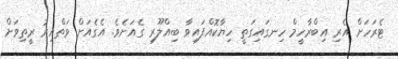
ޓެރަހަށް އެރި އިބްރާހީމް ހިނގައިގަތީ ހިޔާކޮއްފައިވާ ބިއްލޫރި ގެއަށެވެ. އެގެއަށް ވަތްއިރު ރީތިވަށް